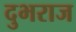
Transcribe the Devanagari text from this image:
दुभराज